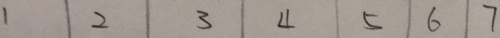
1 \vert 2 \vert 3 \vert 4 \vert 5 \vert 6 \vert 7